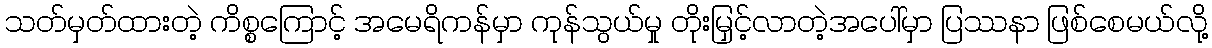
သတ်မှတ်ထားတဲ့ ကိစ္စကြောင့် အမေရိကန်မှာ ကုန်သွယ်မှု တိုးမြှင့်လာတဲ့အပေါ်မှာ ပြဿနာ ဖြစ်စေမယ်လို့